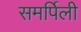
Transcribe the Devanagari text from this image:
समर्पिली